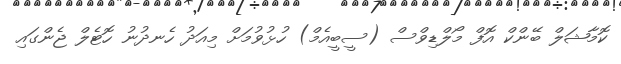
ކޮމާޝަލް ބޭންކް އޮފް މޯލްޑިވްސް (ސީބީއެމް) ހުޅުވުމަށް މިއަދު ހެނދުނު ހޮޓެލް ޖެންގައި